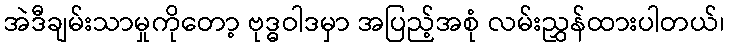
အဲဒီချမ်းသာမှုကိုတော့ ဗုဒ္ဓဝါဒမှာ အပြည့်အစုံ လမ်းညွှန်ထားပါတယ်၊